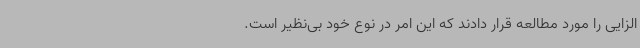
الزایی را مورد مطالعه قرار دادند که این امر در نوع خود بی‌نظیر است.